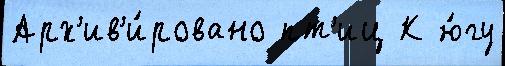
Арх'ив'и́ровано пт'иц К ю́гу